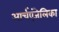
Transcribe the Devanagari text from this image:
आर्चएंजेलिका